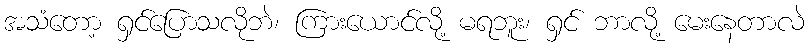
အသံတော့ ရှင်ပြောသလိုဘဲ၊ ကြားယောင်လို့ မရဘူး၊ ရှင် ဘာလို့ မေးနေတာလဲ